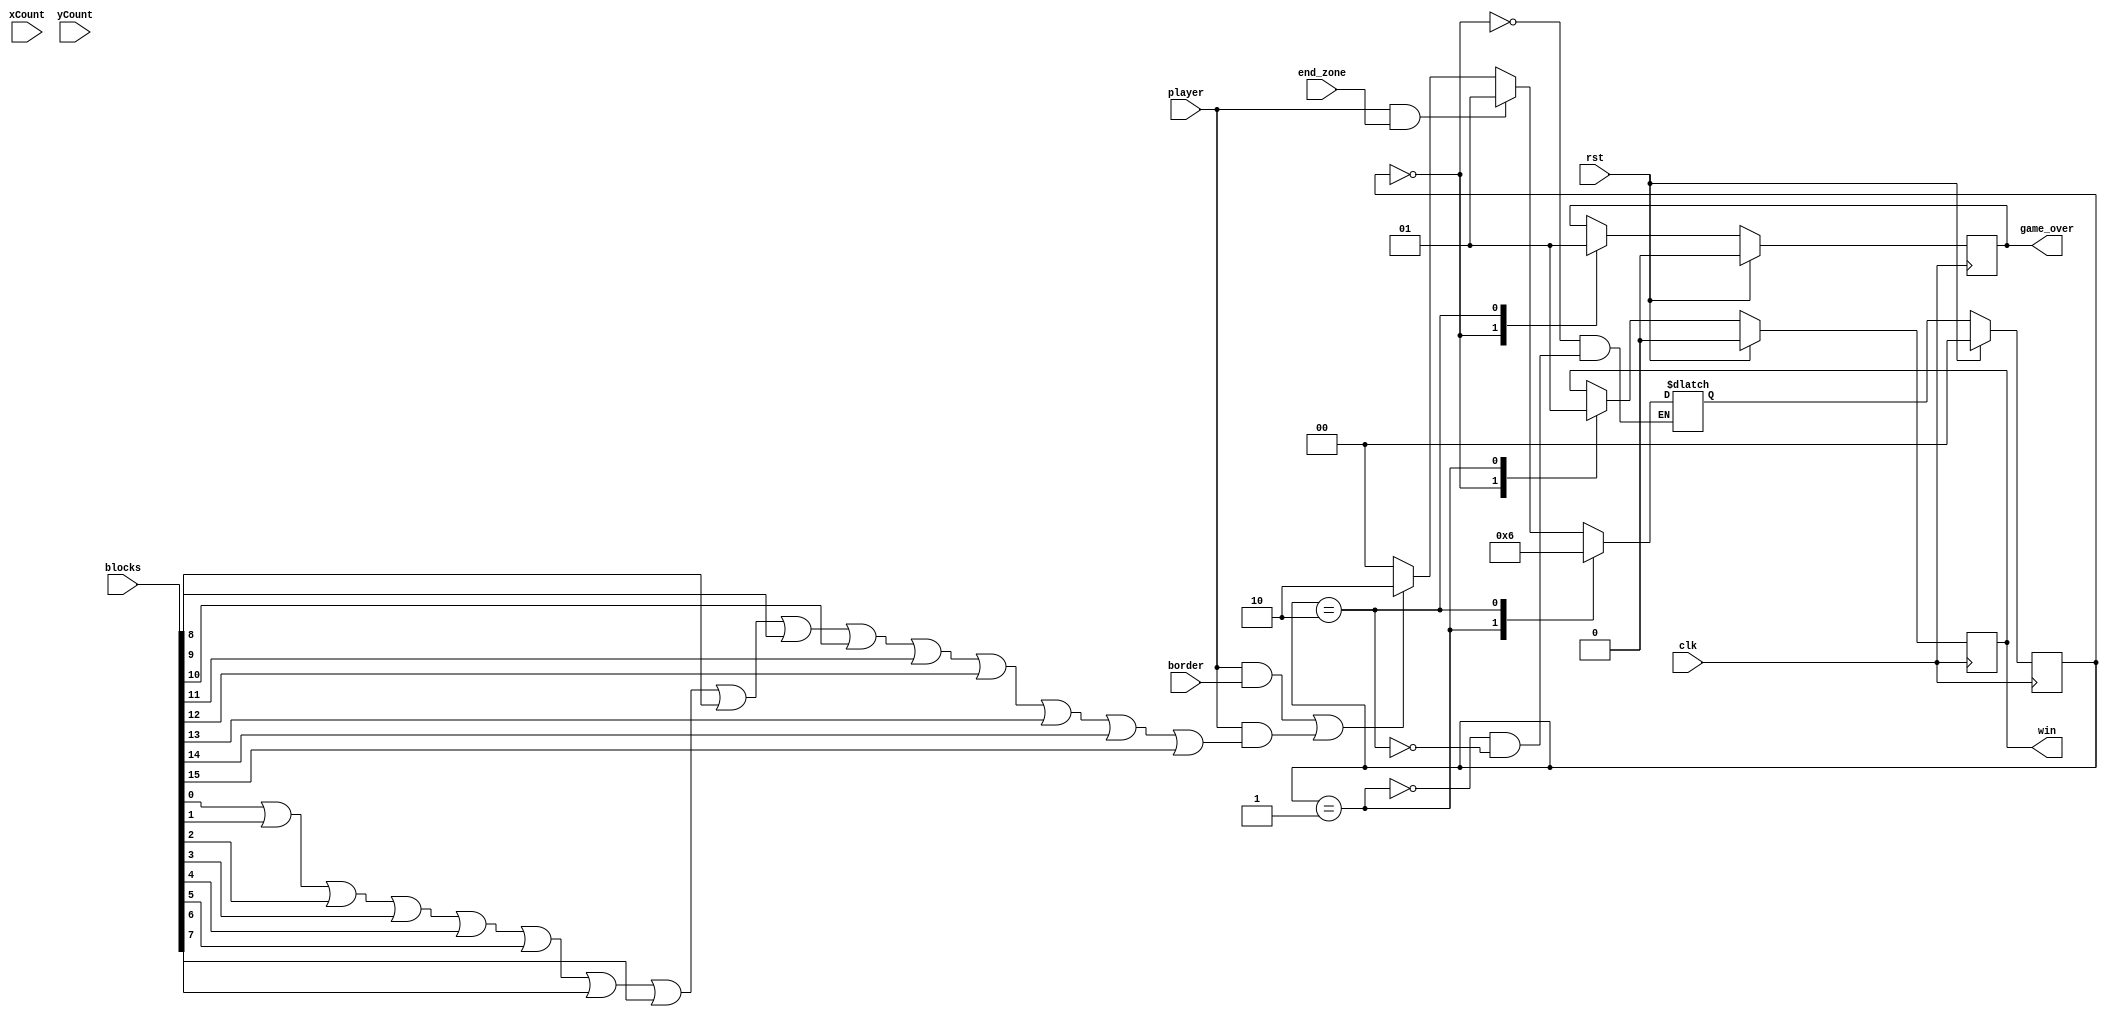
module collision(clk, rst, player, blocks, border, end_zone, xCount, yCount, win, game_over); 

input clk, rst, player, border, end_zone;
input [15:0]blocks;
input [9:0]xCount;
input [9:0]yCount;
output win, game_over; //either the player wins or is hit by a block
	
wire player;
wire end_zone;
wire border;
wire [15:0]blocks;

wire [9:0] xCount;
wire [9:0] yCount;

reg game_over; 
reg win; 
	
//collision calculator
wire hitbox; //player runs into a block
wire goal; //player reaches end goal

assign goal = player && end_zone;
assign hitbox = (player && border) || (player && (blocks[0] || blocks[1] || blocks[2] || blocks[3] || blocks[4] || blocks[5] || blocks[6] || blocks[7] || blocks[8] || blocks[9] || blocks[10] || blocks [11] || blocks[12] || blocks[13] || blocks[14] || blocks[15]));

localparam RUN = 2'd0, WIN = 2'd1, LOSE = 2'd2;
reg [1:0]S;
reg [1:0]NS;

always @(posedge clk)
	begin
		if (rst == 1'b1)
			S <= RUN;
		else
			S <= NS;
	end

always @(*) 
	case (S)
		RUN: 
			begin
				if (goal == 1'b1)
					NS = WIN;
				else if (hitbox == 1'b1)
					NS = LOSE;
				else
					NS = RUN;
			end
		WIN:	//WIN and LOSE loop until reset
			NS = WIN;
		LOSE:
			NS = LOSE;
	endcase

always @(posedge clk) 
	begin
		if (rst == 1'b1)
			begin
				win <= 1'b0;
				game_over <= 1'b0;
			end
		else
			begin
				case (S)
					RUN:
						begin
							win <= 1'b0;
							game_over <= 1'b0;
						end
					WIN:
						win <= 1'b1;
					LOSE:
						game_over <= 1'b1;
				endcase
			end
		
	end
		
endmodule